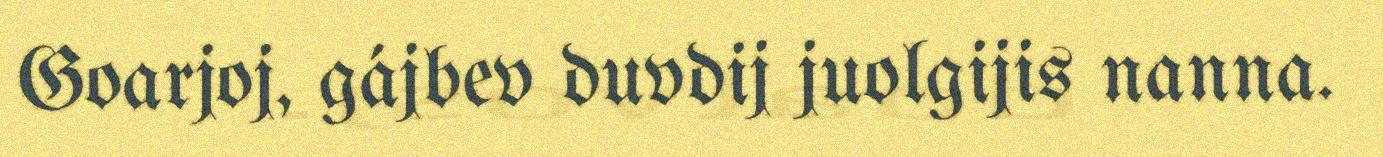
Goarjoj, gájbev duvdij juolgijis nanna.